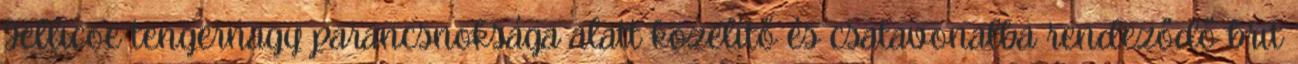
Jellicoe tengernagy parancsnoksága alatt közelítő és csatavonalba rendeződő brit